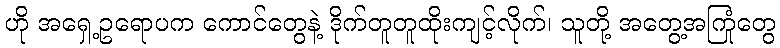
ဟို အရှေ့ဥရောပက ကောင်တွေနဲ့ ဒိုက်တူတူထိုးကျင့်လိုက်၊ သူတို့ အတွေ့အကြုံတွေ